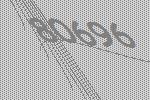
80696